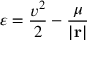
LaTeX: \varepsilon = { \frac { v ^ { 2 } } { 2 } } - { \frac { \mu } { \left| \mathbf { r } \right| } }